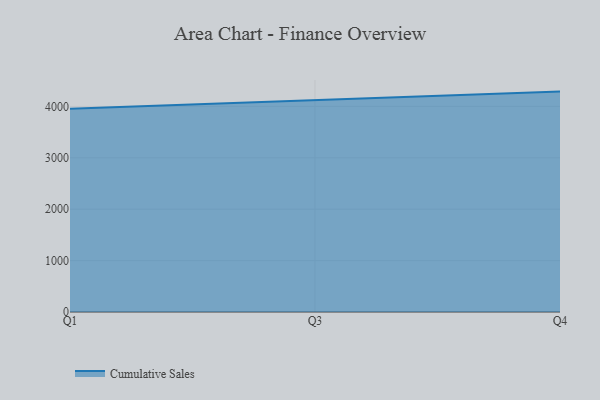
{"axis": {"x": "Quarter", "y": "Population (Million)"}, "legend": ["Cumulative Sales"], "data": [{"x": "Q1", "y": 3954.0, "type": "Cumulative Sales"}, {"x": "Q3", "y": 4125.1, "type": "Cumulative Sales"}, {"x": "Q4", "y": 4287.9, "type": "Cumulative Sales"}]}